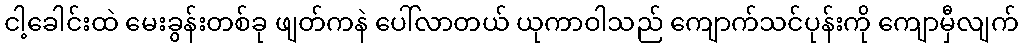
ငါ့ခေါင်းထဲ မေးခွန်းတစ်ခု ဖျတ်ကနဲ ပေါ်လာတယ် ယုကာဝါသည် ကျောက်သင်ပုန်းကို ကျောမှီလျက်